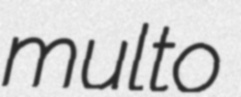
multo